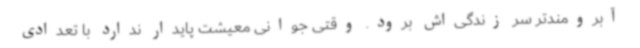
آبرومندتر سر زندگی‌اش برود. وقتی جوانی معیشت پایدار ندارد با تعدادی